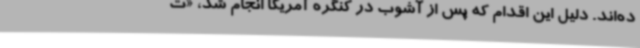
ده‌اند. دلیل این اقدام که پس از آشوب در کنگره آمریکا انجام شد، «ت